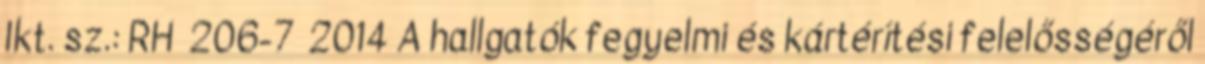
Ikt. sz.: RH 206-7 2014 A hallgatók fegyelmi és kártérítési felelősségéről